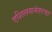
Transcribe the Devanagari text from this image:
एशिलसनंतरचा